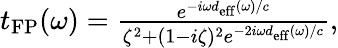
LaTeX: \begin{array}{r}{t_{\mathrm{FP}}(\omega)=\frac{e^{-i\omega d_{\mathrm{eff}}(\omega)/c}}{\zeta^{2}+(1-i\zeta)^{2}e^{-2i\omega d_{\mathrm{eff}}(\omega)/c}},}\end{array}